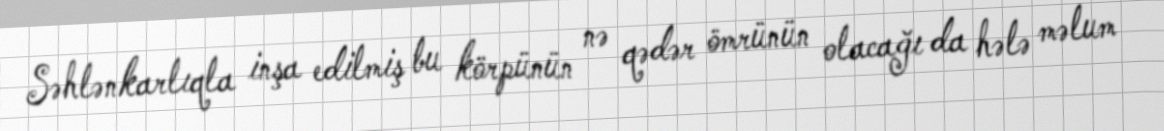
Səhlənkarlıqla inşa edilmiş bu körpünün nə qədər ömrünün olacağı da hələ məlum